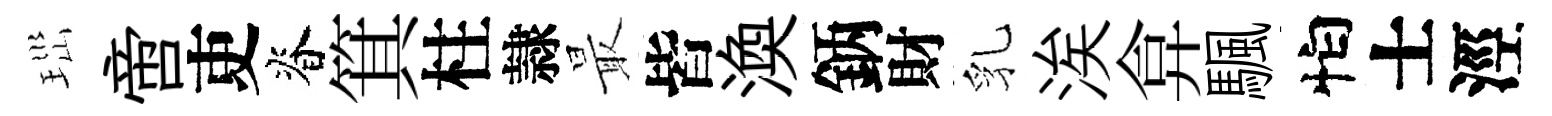
𤤼啻吏脊箕柱隷最皆渙鈵財乳涘弇颿怕士涇